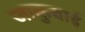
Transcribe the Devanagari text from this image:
जाकुबाई